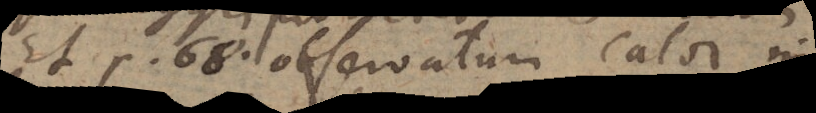
Et p. 68. observatum calor in